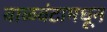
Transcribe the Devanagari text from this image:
वाळवंटामधून